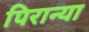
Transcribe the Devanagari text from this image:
पिरान्या